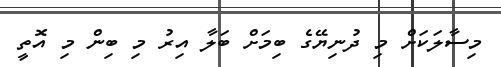
މިސާލަކަށް މި ދުނިޔޭގެ ބިމަށް ބަލާ އިރު މި ބިން މި އޮތީ